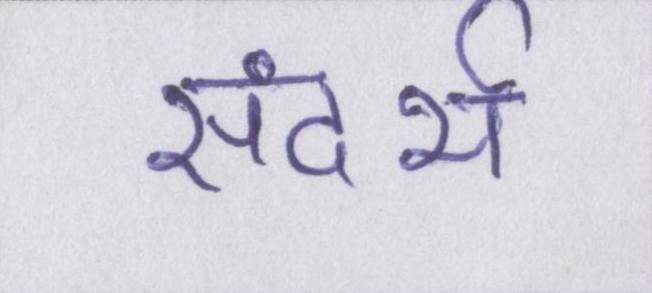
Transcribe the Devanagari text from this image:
संदर्भ